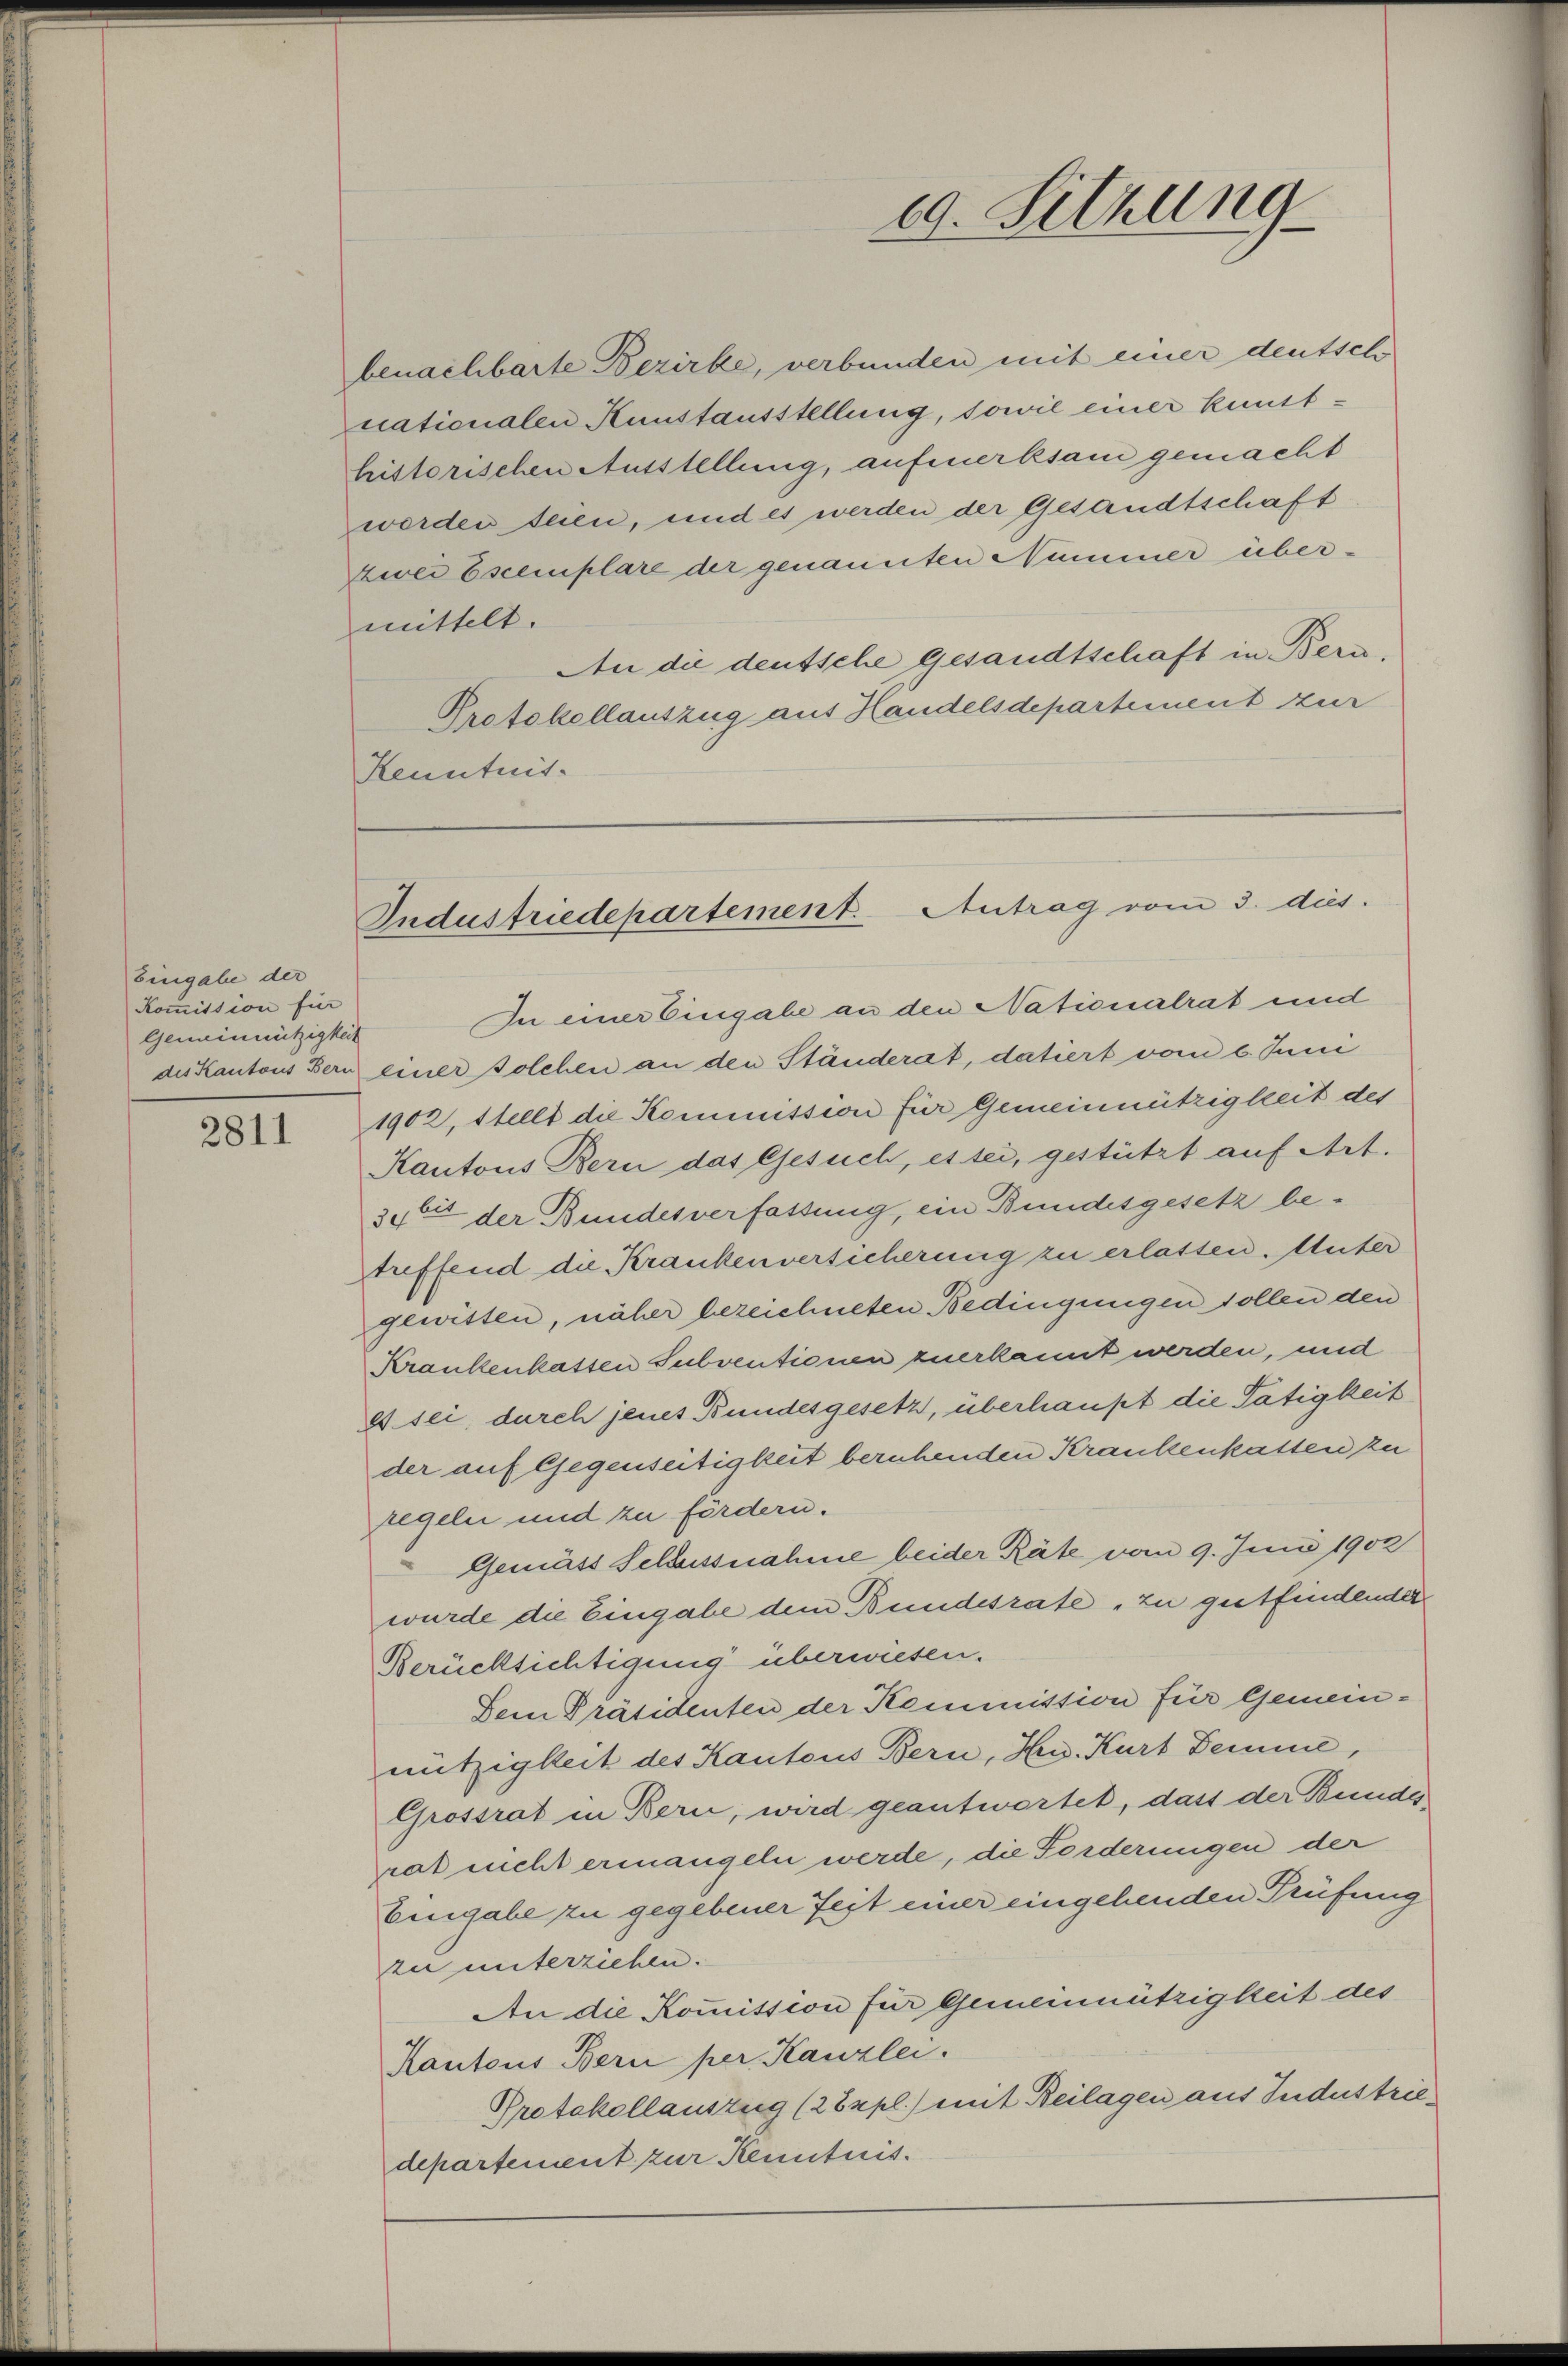
bingabe der
Kommission für
Gemeinnützigkeit

2811

benachbarte Bezirke, verbunden mit einer deutsche
nationalen Kunstausstellung, sowie einer kunsthistorischen Ausstellung, aufmerksam gemacht
worden seien, und es werden der Gesandtschaft
zwei Escemplare der genannten Nummer über-
mittelt.
An die deutsche gesandtschaft in Bera¬
Protokollauszug aus Handelsdepartement zur
Kenntnis.

In einer Eingabe an den Nationalrat und
des Kantons Bern einer solchen an den Ständerat, datiert vom 2. Juni
1902, Stellt die Kommission für Gemeinnützigkeit des
Kantons Bern das Gesuch, es sei, gestützt auf Art.
364 der Bundesverfassung, ein Bundesgesetz be¬
Stuffend die Krankenversicherung zu erlassen. Muter
gewissen, näher bezeichneten Bedingungen sollen den
Krankenkassen Subventionen zuerkannt werden, und
es sei, durch jenes Bundesgesetz, überhaupt die Tätigkeit
der auf Gegenseitigkeit beruhenden Krankenkassen zu
regeln und zu fördern.
Gemäss Schussnahme beider Räte vom 9. Juni 1902
wurde die Eingabe dem Bundesrate zu gutfindender
Berücksichtigung überwiesen.
Dein Präsidenten der Kommission für Gemeinnützigkeit des Kantons Bern, Hr. Kurt Demme,
Grossrat in Bern, wird geantwortet, dass der Bundes
rat nicht ermangeln werde, die Forderungen der
Eingabe zu gegebener Zeit einer eingehenden Prüfung
zu unterziehen.
An die Kommission für Gemeinnützigkeit des
Kantons Bern per Kanzlei.
Protokollauszug (2 Expl.) mit Beilagen aus Industriedepartement zur Kenntnis.

29. Sitzung

Industriedepartement. Antrag vom 3. dies